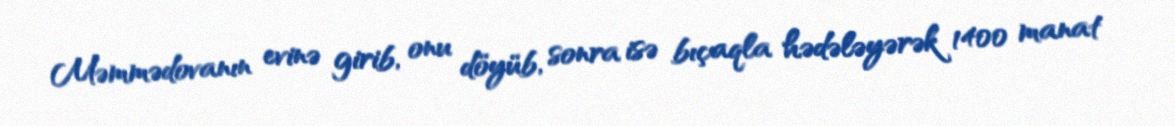
Məmmədovanın evinə girib, onu döyüb, sonra isə bıçaqla hədələyərək 1400 manat